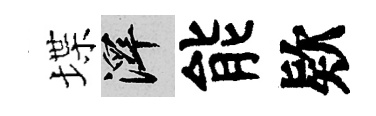
堞澤能欵